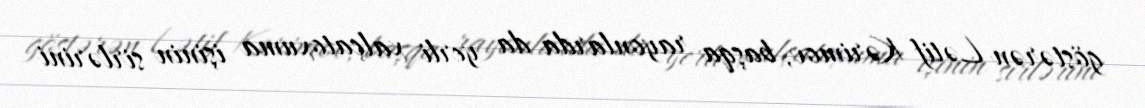
göstərən Lətif Kərimov, başqa rayonlarda da yerli xalçatoxuma işinin sirlərini